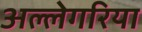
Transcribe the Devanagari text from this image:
अल्लेगरिया